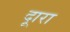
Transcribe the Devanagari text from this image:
दूारा